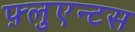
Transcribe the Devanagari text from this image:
फ़्लुएन्टस